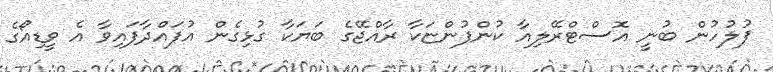
ފުލުހުން ބުނީ އޮސްޓްރޭލިއާ ކުންފުންޏަކާ ރާއްޖޭގެ ބަޔަކާ ގުޅިގެން އުފައްދާފައިވާ އެ ވީޑިއޯގެ